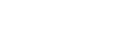
ဗဟိုဘဏ်မှ